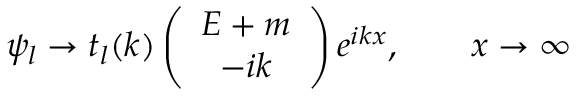
\psi _ { l } \to t _ { l } ( k ) \left( \begin{array} { c } { { E + m } } \\ { { - i k } } \end{array} \right) e ^ { i k x } , \qquad x \to \infty